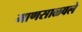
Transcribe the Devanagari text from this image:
माणसाळवले